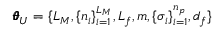
\pmb { \theta } _ { U } = \{ L _ { M } , \{ n _ { i } \} _ { i = 1 } ^ { L _ { M } } , L _ { f } , m , \{ \sigma _ { i } \} _ { i = 1 } ^ { n _ { p } } , d _ { f } \}